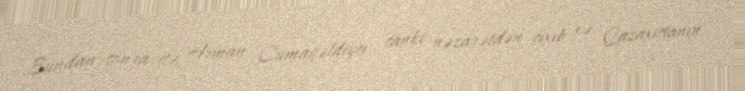
Bundan sonra isə Arman Cumagəldiyev sanki nəzarətdən çıxıb və Qazaxıstanın